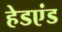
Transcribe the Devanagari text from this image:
हेडएंड